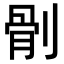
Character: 𠞡